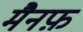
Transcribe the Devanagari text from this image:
मैनफ़